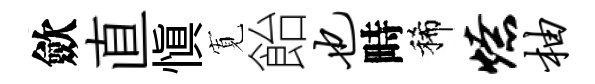
歛直慎𡩖飴也畤稀燎柚